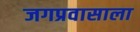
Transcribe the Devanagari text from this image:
जगप्रवासाला